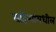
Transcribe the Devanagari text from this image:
सहित्यामधील